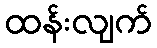
ထန်းလျက်